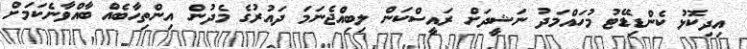
އިދިކޮޅު ކެންޑިޑޭޓު މުހައްމަދު ނަޝީދަށް ރައީސްކަން ލިބިއްޖެނަމަ ދައުރުގެ މެދުން އިންތިހާބެއް ބާއްވާނެކަމަށް